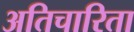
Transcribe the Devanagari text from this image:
अतिचारिता